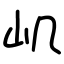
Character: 㞦